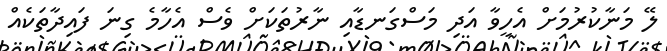
ލޭ މަނާކުރުމަށް އެހީވާ އަދި މަސްގަނޑާއި ނާރުތަކަށް ވެސް އެހާމެ ގިނަ ފައިދާތަކެއް